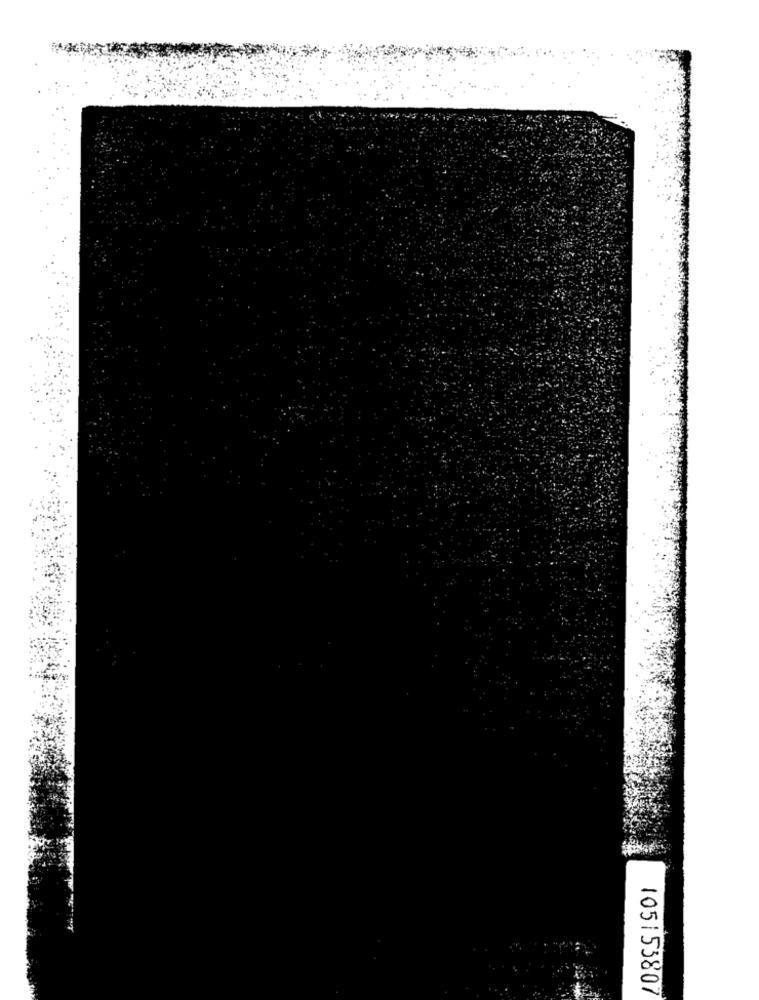
105153807